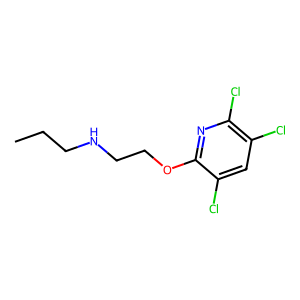
SMILES: CCCNCCOc1nc(Cl)c(Cl)cc1Cl
Inhibits HIV replication: No